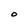
Character: O